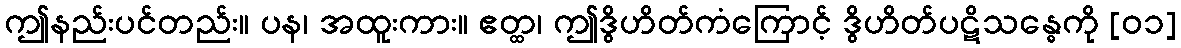
ဤနည်းပင်တည်း။ ပန၊ အထူးကား။ ဧတ္ထ၊ ဤဒွိဟိတ်ကံကြောင့် ဒွိဟိတ်ပဋိသန္ဓေကို [၀၁]